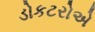
ડોકટરોએ